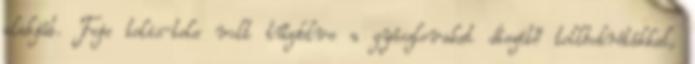
alakját. Feje telis-tele volt tűzdelve a gyászlovakat díszítő tollbokrétákkal,